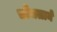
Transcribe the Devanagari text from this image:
चोंचलाने